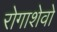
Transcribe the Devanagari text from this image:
रोगाशेवो